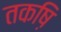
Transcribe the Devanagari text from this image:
तकष़ि